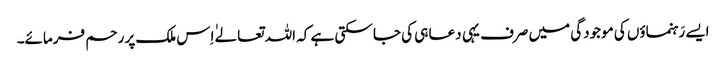
ایسے رَہنماؤں کی موجودگی میں صرف یہی دعا ہی کی جا سکتی ہے کہ اللہ تعالےٰ اِس ملک پر رحم فرمائے۔